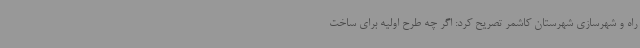
راه و شهرسازی شهرستان کاشمر تصریح کرد: اگر چه طرح اولیه برای ساخت